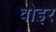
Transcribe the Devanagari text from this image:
वोइर